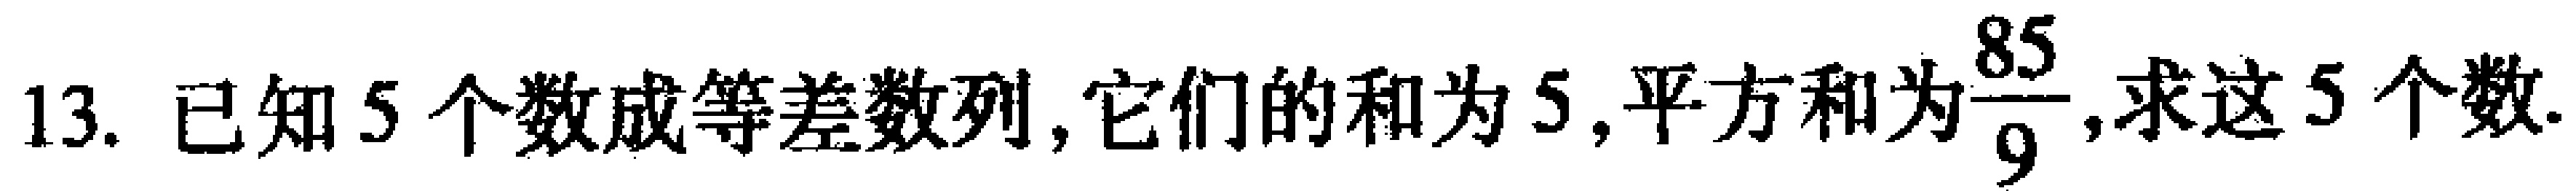
13. 已知5个数成等差数列，它们的和为5,平方和为$\frac{85}{9}$,求这5个数.